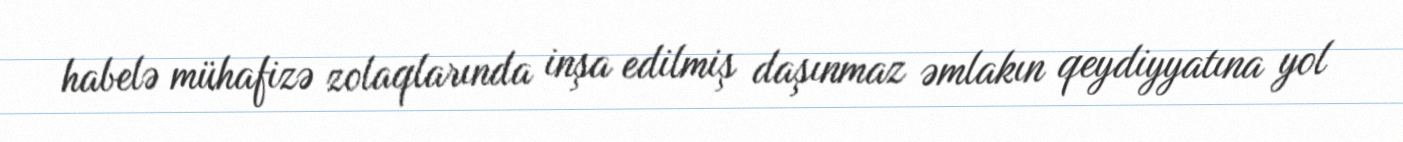
habelə mühafizə zolaqlarında inşa edilmiş daşınmaz əmlakın qeydiyyatına yol